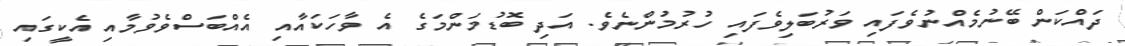
ދައްކަން ބޭނުމެއްނުވެފައި ވަރުބަލިވެފައި ހުރުމުންނެވެ. އަދި ބޮޑުމަންމަގެ އެ ވާހަކައާއި އެއްބަސްވެވުމާއި އެކީގައި